Scottish Certificate of Education, 1962
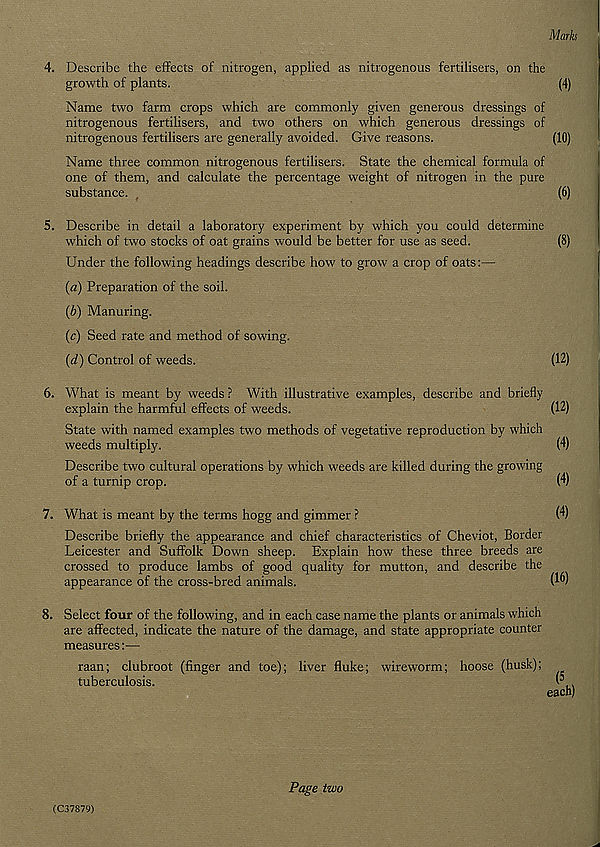
Marks
4. Describe the effects of nitrogen, applied as nitrogenous fertilisers, on the
growth of plants.
(4)
Name two farm crops which are commonly given generous dressings of
nitrogenous fertilisers, and two others on which generous dressings of
nitrogenous fertilisers are generally avoided. Give reasons.
(10)
Name three common nitrogenous fertilisers. State the chemical formula of
one of them, and calculate the percentage weight of nitrogen in the pure
substance.
(6)
5. Describe in detail a laboratory experiment by which you could determine
which of two stocks of oat grains would be better for use as seed.
(8)
Under the following headings describe how to grow a crop of oats:—•
(a) Preparation of the soil.
(b) Manuring.
(c) Seed rate and method of sowing.
(d) Control of weeds.
(12)
6. What is meant by weeds ? With illustrative examples, describe and briefly
explain the harmful effects of weeds.
(12)
State with named examples two methods of vegetative reproduction by which
weeds multiply.
(4)
Describe two cultural operations by which weeds are killed during the growing
of a turnip crop.
(4)
7. What is meant by the terms hogg and gimmer ?
(4)
Describe briefly the appearance and chief characteristics of Cheviot, Border
Leicester and Suffolk Down sheep. Explain how these three breeds are
crossed to produce lambs of good quality for mutton, and describe the
appearance of the cross-bred animals.
(^)
8. Select four of the following, and in each case name the plants or animals which
are affected, indicate the nature of the damage, and state appropriate counter
measures:—
raan; clubroot (finger and toe); liver fluke; wireworm; hoose (husk);
tuberculosis.
I 5 ,,
each)
(C37879)
Page two